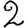
Digit: 2